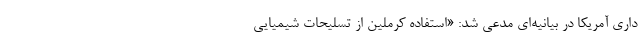
داری آمریکا در بیانیه‌ای مدعی شد: «استفاده کرملین از تسلیحات شیمیایی